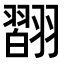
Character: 𦒆